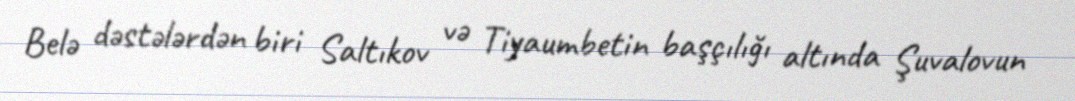
Belə dəstələrdən biri Saltıkov və Tiyaumbetin başçılığı altında Şuvalovun